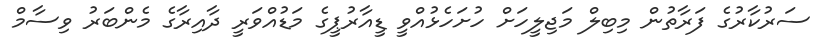
ސަރުކާރުގެ ފަރާތުން މިބިލް މަޖިލީހަށް ހުށަހެޅުއްވީ ޑީއާރުޕީގެ މަޑުއްވަރީ ދާއިރާގެ މެންބަރު ވިސާމް